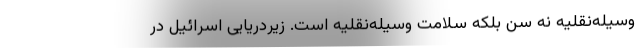
وسیله‌نقلیه نه سن بلکه سلامت وسیله‌نقلیه است. زیردریایی اسرائیل در